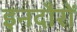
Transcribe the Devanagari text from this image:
इनदौरों